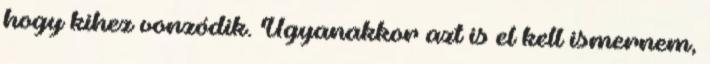
hogy kihez vonzódik. Ugyanakkor azt is el kell ismernem,